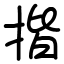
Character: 揩